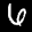
Label: 6